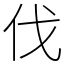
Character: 伐